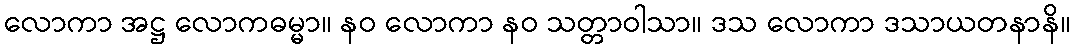
လောကာ အဋ္ဌ လောကဓမ္မာ။ နဝ လောကာ နဝ သတ္တာဝါသာ။ ဒသ လောကာ ဒသာယတနာနိ။